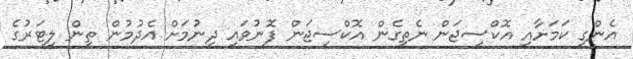
އެންގި ކަމަށާއި އޮކްސިޖަން ނެތިގެން އޮކްސިޖަން ފޮނުވައި ދިނުމަށް އެދުމުން ތިން ލީޓަރުގެ